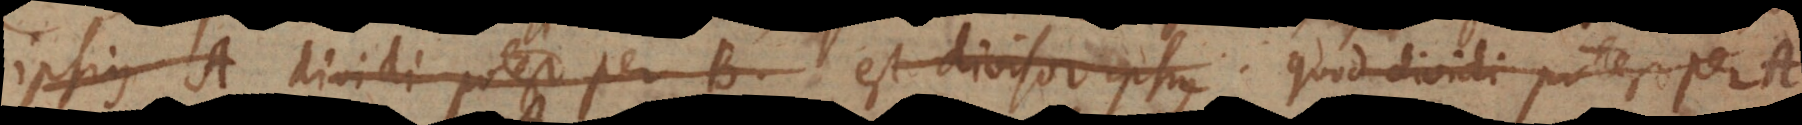
ipsius A dividi potest per B. est divisor ipsius quod dividi potest per A